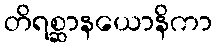
တိရစ္ဆာနယောနိကာ